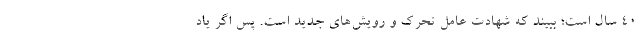
۴۰ سال است؛ ببیند که شهادت عامل تحرک و رویش‌های جدید است. پس اگر یاد